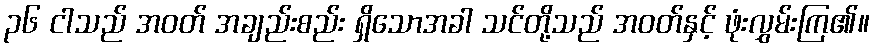
၃၆ ငါသည် အဝတ် အချည်းစည်း ရှိသောအခါ သင်တို့သည် အဝတ်နှင့် ဖုံးလွှမ်းကြ၏။